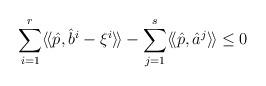
LaTeX: \begin{align*}\displaystyle \sum_{i=1}^r\langle\!\langle \hat{p}, \hat{b}^i-\xi^i\rangle\!\rangle- \sum_{j=1}^s\langle\!\langle \hat{p},\hat{a}^j\rangle\!\rangle\leq 0 \end{align*}